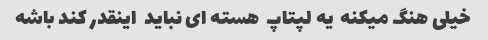
خیلی هنگ میکنه  یه لپتاپ  هسته ای نباید  اینقدر کند باشه